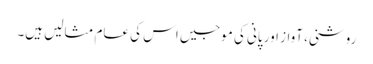
روشنی، آواز اور پانی کی موجیں اس کی عام مثالیں ہیں۔